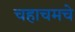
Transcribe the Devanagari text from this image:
चहाचमचे